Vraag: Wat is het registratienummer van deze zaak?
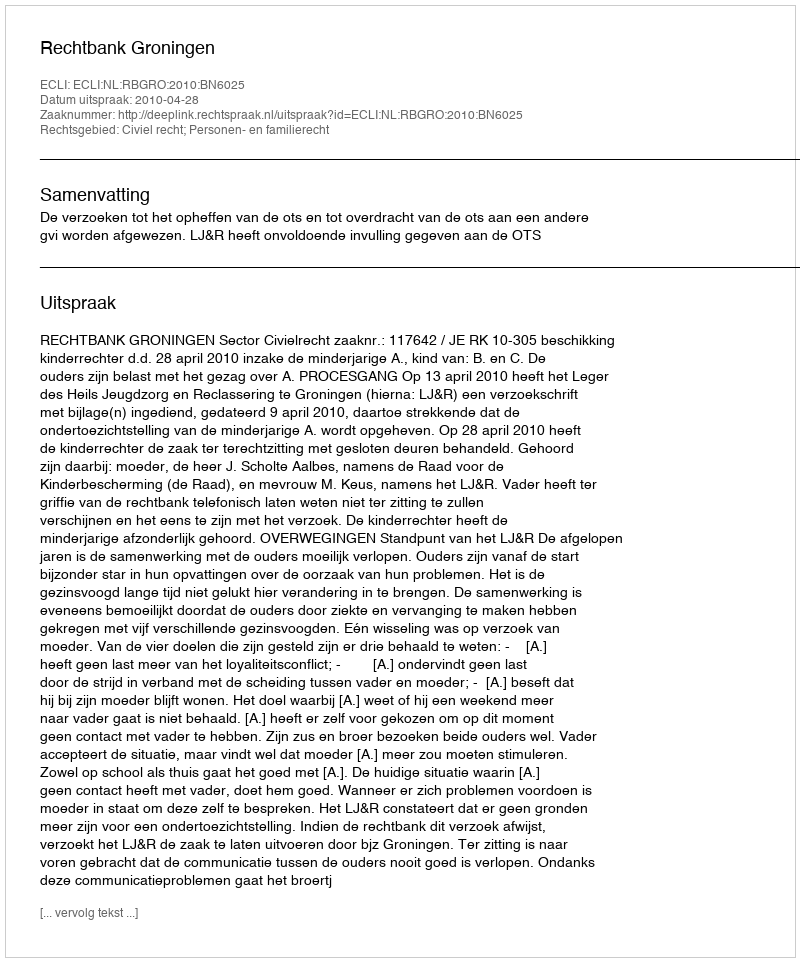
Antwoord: http://deeplink.rechtspraak.nl/uitspraak?id=ECLI:NL:RBGRO:2010:BN6025